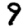
Digit: 9